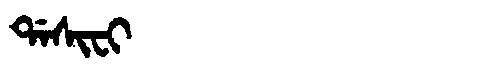
Manchu: ᡩᠠᠰᡳᠸᡳ
Romanization: DASIFI